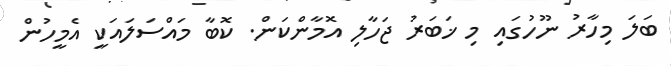
ބަލަ މިހާރު ނޫހުގައި މި ޚަބަރު ޖަހާލި އޮމާންކަން. ކޮބާ މައްސަލައަކީ އެމީހުން